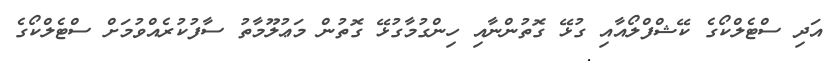
އަދި ސްޓެލްކޯގެ ކޭޝްފްލޯއާއި ގުޅޭ ގޮތުންނާއި ހިންގުމާގުޅޭ ގޮތުން މަޢުލޫމާތު ސާފުކުރެއްވުމަށް ސްޓެލްކޯގެ